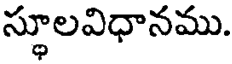
స్థూలవిధానము.